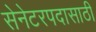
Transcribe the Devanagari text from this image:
सेनेटरपदासाठी